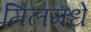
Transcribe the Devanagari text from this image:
मिलमधे